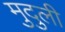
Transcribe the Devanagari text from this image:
मुदुली